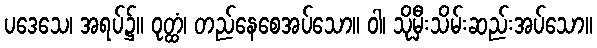
ပဒေသေ၊ အရပ်၌။ ဝုတ္ထံ၊ တည်နေစေအပ်သော။ ဝါ၊ သိုမှီးသိမ်းဆည်းအပ်သော။